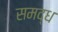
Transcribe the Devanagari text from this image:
समद्ध